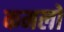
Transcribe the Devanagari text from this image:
कमलो